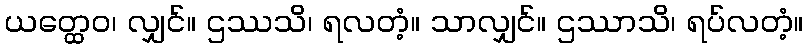
ယတ္ထေဝ၊ လျှင်။ ဌဿသိ၊ ရလတံ့။ သာလျှင်။ ဌဿာသိ၊ ရပ်လတံ့။